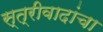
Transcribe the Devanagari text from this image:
स्त्रीवादांचा